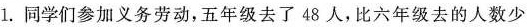
l.同学们参加义务劳动，五年级去了48人，比六年级去的人数少